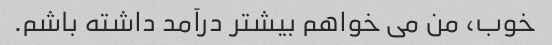
خوب، من می خواهم بیشتر درآمد داشته باشم.